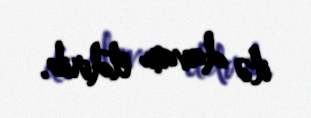
ilə davam etdirib.